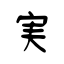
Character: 実